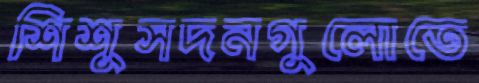
শিশুসদনগুলোতে